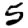
Digit: 5